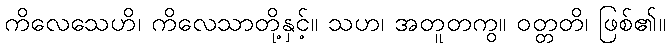
ကိလေသေဟိ၊ ကိလေသာတို့နှင့်။ သဟ၊ အတူတကွ။ ဝတ္တတိ၊ ဖြစ်၏။